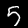
Label: 5